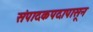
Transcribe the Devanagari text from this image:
संपादकपदापासून